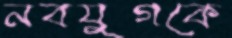
নবযুগকে